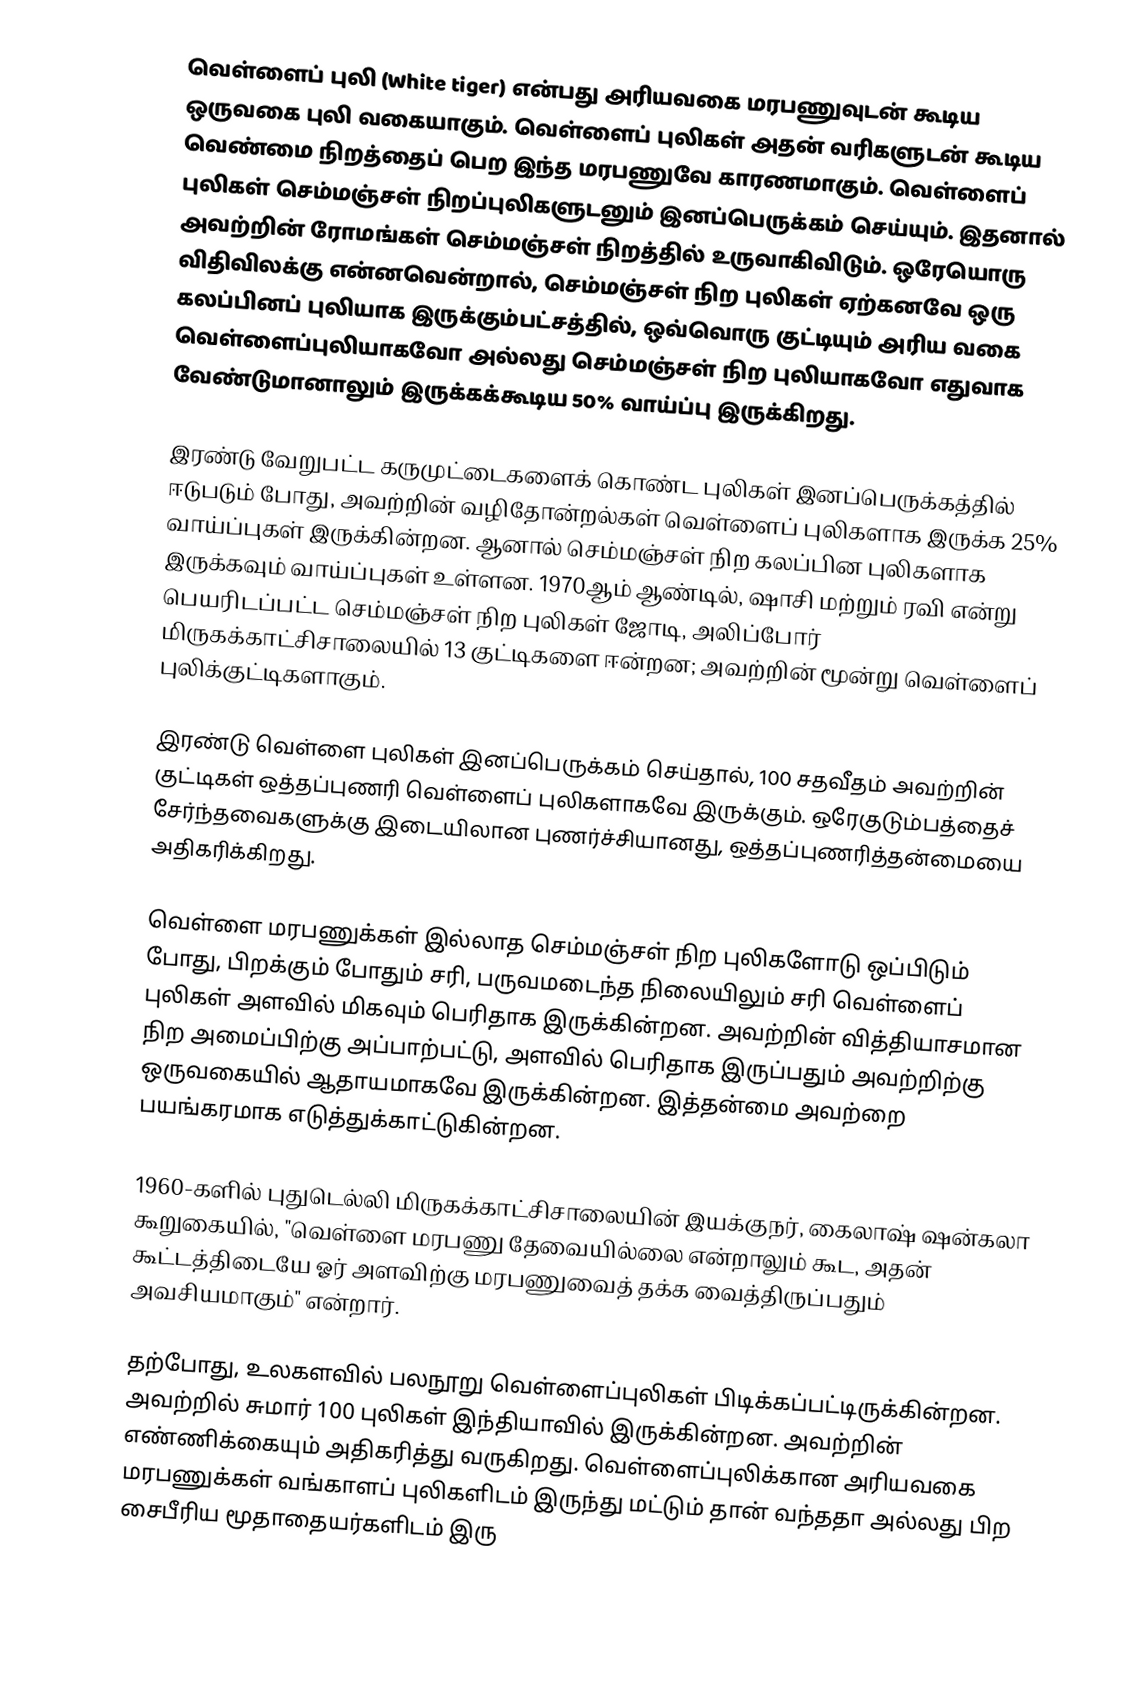
வெள்ளைப் புலி (White tiger) என்பது அரியவகை மரபணுவுடன் கூடிய ஒருவகை புலி வகையாகும். வெள்ளைப் புலிகள் அதன் வரிகளுடன் கூடிய வெண்மை நிறத்தைப் பெற இந்த மரபணுவே காரணமாகும். வெள்ளைப் புலிகள் செம்மஞ்சள் நிறப்புலிகளுடனும் இனப்பெருக்கம் செய்யும். இதனால் அவற்றின் ரோமங்கள் செம்மஞ்சள் நிறத்தில் உருவாகிவிடும். ஒரேயொரு விதிவிலக்கு என்னவென்றால், செம்மஞ்சள் நிற புலிகள் ஏற்கனவே ஒரு கலப்பினப் புலியாக இருக்கும்பட்சத்தில், ஒவ்வொரு குட்டியும் அரிய வகை வெள்ளைப்புலியாகவோ அல்லது செம்மஞ்சள் நிற புலியாகவோ எதுவாக வேண்டுமானாலும் இருக்கக்கூடிய 50% வாய்ப்பு இருக்கிறது.

இரண்டு வேறுபட்ட கருமுட்டைகளைக் கொண்ட புலிகள் இனப்பெருக்கத்தில் ஈடுபடும் போது, அவற்றின் வழிதோன்றல்கள் வெள்ளைப் புலிகளாக இருக்க 25% வாய்ப்புகள் இருக்கின்றன. ஆனால் செம்மஞ்சள் நிற கலப்பின புலிகளாக இருக்கவும் வாய்ப்புகள் உள்ளன. 1970ஆம் ஆண்டில், ஷாசி மற்றும் ரவி என்று பெயரிடப்பட்ட செம்மஞ்சள் நிற புலிகள் ஜோடி, அலிப்போர் மிருகக்காட்சிசாலையில் 13 குட்டிகளை ஈன்றன; அவற்றின் மூன்று வெள்ளைப் புலிக்குட்டிகளாகும்.

இரண்டு வெள்ளை புலிகள் இனப்பெருக்கம் செய்தால், 100 சதவீதம் அவற்றின் குட்டிகள் ஒத்தப்புணரி வெள்ளைப் புலிகளாகவே இருக்கும். ஒரேகுடும்பத்தைச் சேர்ந்தவைகளுக்கு இடையிலான புணர்ச்சியானது, ஒத்தப்புணரித்தன்மையை அதிகரிக்கிறது.

வெள்ளை மரபணுக்கள் இல்லாத செம்மஞ்சள் நிற புலிகளோடு ஒப்பிடும் போது, பிறக்கும் போதும் சரி, பருவமடைந்த நிலையிலும் சரி வெள்ளைப் புலிகள் அளவில் மிகவும் பெரிதாக இருக்கின்றன. அவற்றின் வித்தியாசமான நிற அமைப்பிற்கு அப்பாற்பட்டு, அளவில் பெரிதாக இருப்பதும் அவற்றிற்கு ஒருவகையில் ஆதாயமாகவே இருக்கின்றன. இத்தன்மை அவற்றை பயங்கரமாக எடுத்துக்காட்டுகின்றன.

1960-களில் புதுடெல்லி மிருகக்காட்சிசாலையின் இயக்குநர், கைலாஷ் ஷன்கலா கூறுகையில், "வெள்ளை மரபணு தேவையில்லை என்றாலும் கூட, அதன் கூட்டத்திடையே ஓர் அளவிற்கு மரபணுவைத் தக்க வைத்திருப்பதும் அவசியமாகும்" என்றார்.

தற்போது, உலகளவில் பலநூறு வெள்ளைப்புலிகள் பிடிக்கப்பட்டிருக்கின்றன. அவற்றில் சுமார் 100 புலிகள் இந்தியாவில் இருக்கின்றன. அவற்றின் எண்ணிக்கையும் அதிகரித்து வருகிறது. வெள்ளைப்புலிக்கான அரியவகை மரபணுக்கள் வங்காளப் புலிகளிடம் இருந்து மட்டும் தான் வந்ததா அல்லது பிற சைபீரிய மூதாதையர்களிடம் இரு